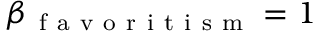
\beta _ { \mathrm { ~ f ~ a ~ v ~ o ~ r ~ i ~ t ~ i ~ s ~ m ~ } } = 1